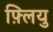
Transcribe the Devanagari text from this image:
फ़्लियु